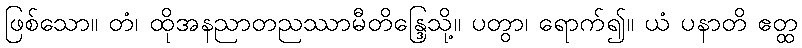
ဖြစ်သော။ တံ၊ ထိုအနညာတညဿာမီတိန္ဒြေသို့။ ပတွာ၊ ရောက်၍။ ယံ ပနာတိ ဧတ္ထ